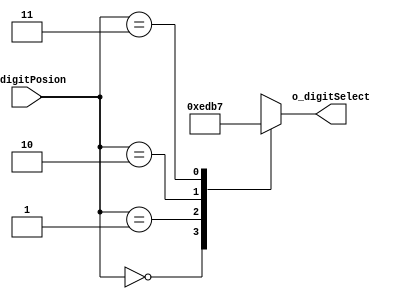
`timescale 1ns / 1ps

module decoder_2x4(
    input [1:0] i_digitPosion,
    output [3:0] o_digitSelect
    );

    reg [3:0] r_digitSelect;
    assign o_digitSelect = r_digitSelect;

    always @(*) begin
        case (i_digitPosion)
            2'b00 : r_digitSelect = 4'b1110;
            2'b01 : r_digitSelect = 4'b1101;
            2'b10 : r_digitSelect = 4'b1011;
            2'b11 : r_digitSelect = 4'b0111;
        endcase
    end
endmodule